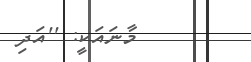
މާނައަކީ: ''އަދި